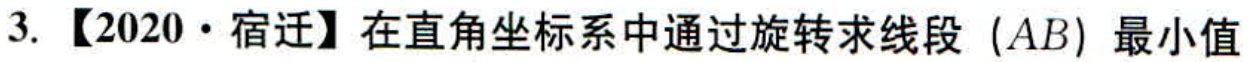
3. 【2020·宿迁】在直角坐标系中通过旋转求线段（\(AB\)）最小值